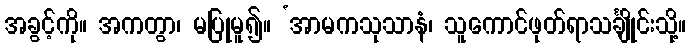
အခွင့်ကို။ အကတွာ၊ မပြုမူ၍။ ‘အာမကသုသာနံ၊ သူကောင်ဖုတ်ရာသင်္ချိုင်းသို့။